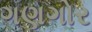
ગણગોર